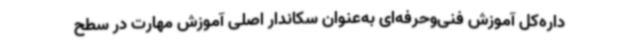
داره‌کل آموزش فنی‌وحرفه‌ای به‌عنوان سکاندار اصلی آموزش مهارت در سطح